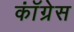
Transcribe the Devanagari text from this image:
काॅंग्रेस